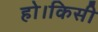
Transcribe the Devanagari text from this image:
हो।किसी